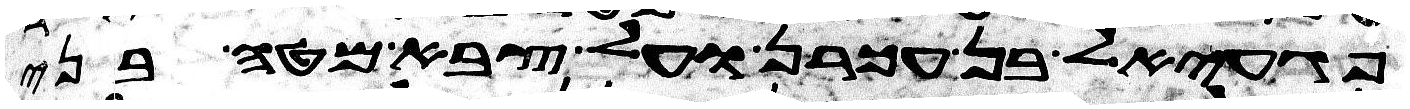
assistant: פגעאל בן עכרן ועל צבא מטה בני